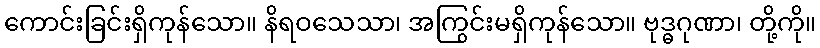
ကောင်းခြင်းရှိကုန်သော။ နိရဝသေသာ၊ အကြွင်းမရှိကုန်သော။ ဗုဒ္ဓဂုဏာ၊ တို့ကို။